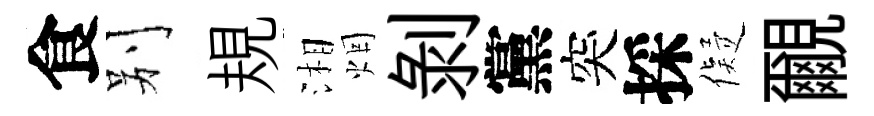
食别規湘烟剝黨突採儗覼